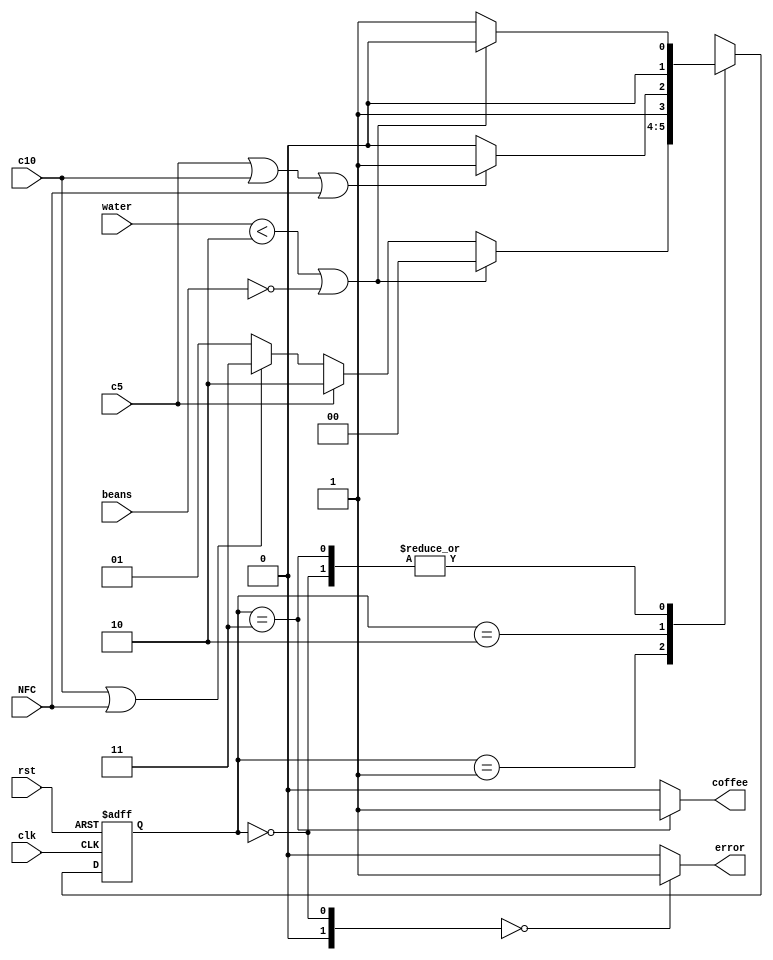
module VendingMachine(
  input clk,rst,c5,c10,NFC,beans,
  input [4:0] water,
  output coffee,error
);


//wire coffee;
//reg [1:0]message;
reg [1:0]state;
reg [1:0]nextstate;
//Morre
localparam [1:0]  S0 = 2'b00, //no water | no beans   
                  S1 = 2'b01, //water ok & beans ok
                  S2 = 2'b10, //credit5
                  S3 = 2'b11; //takecoffee


always @(posedge clk or negedge rst) begin
    if(!rst) begin
         state <= S1; 
        // nextstate <=S1;
    end
    else state <=nextstate;
end

always @(state or c5 or c10 or water or NFC or beans) begin

    case(state) 
      S0: nextstate = (water<2 | !beans)? S0 : S1;
      S1: nextstate = (water<2 | !beans)? S0:
                                   (c5)? S2:
                              (c10|NFC)? S3:  S1;
      S2: nextstate = (c5 | c10 | NFC )? S3:  S2;
      S3: nextstate = (water<2 | !beans)? S0 : S1;
      default: 
          begin
           nextstate = S1;
          end
    endcase
end

assign coffee = (state==2'b11)?1:0;
assign error = (!state==S0)?1:0;
endmodule